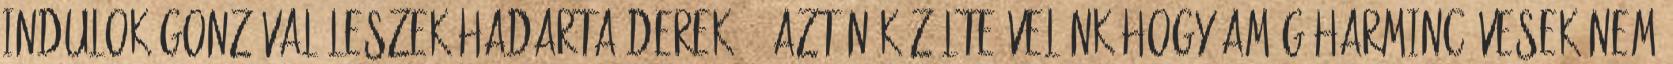
indulok,Gonzóval leszek-hadarta Derek" ".Aztán közölte velünk,hogy amíg harmincévesek nem